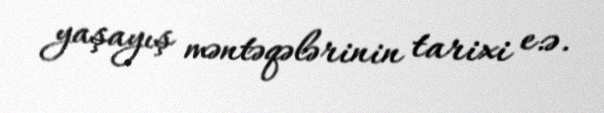
yaşayış məntəqələrinin tarixi e.ə.